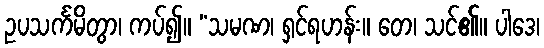
ဥပသင်္ကမိတွာ၊ ကပ်၍။ “သမဏ၊ ရှင်ရဟန်း။ တေ၊ သင်၏။ ပါဒေ၊